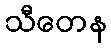
သီတေန